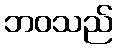
ဘဝသည်